Medical and sanitary report of the native army of Bengal for the year
Year: 1878
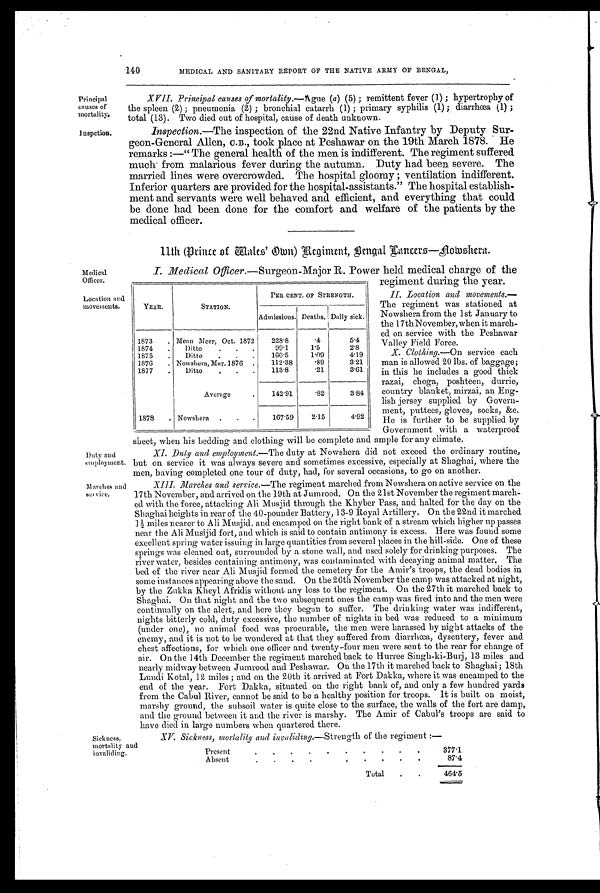
Principal
causes of
mortality.
Inspction.
XV. Sickness, mortality and invaliding. —Strength of the regiment :—
Present
.
.
.
.
.
.
. .
.
.
377.1
Absent
.
.
.
.
.
.
. . .
.
87.4
Total
.
.
464.5
Sickness,
mortality and
invaliding.
140
MEDICAL AND SANITARY REPORT OF THE NATIVE ARMY OF BENGAL,
XVII. Principal causes of mortality. —Ague (a) (5) ; remittent fever (1) ; hypertrophy of
the spleen (2) ; pneumonia (2) ; bronchial catarrh (1) ; primary syphilis (1) ; diarrhœa (1) ;
total (13). Two died out of hospital, cause of death unknown.
Inspection. —The inspection of the 22nd Native Infantry by Deputy Sur-
geon-General Allen, C. B., took place at Peshawar on the 19th March 1878. He
remarks :—" The general health of the men is indifferent. The regiment suffered
much from malarious fever during the autumn. Duty had been severe. The
married lines were overcrowded. The hospital gloomy ; ventilation indifferent.
Inferior quarters are provided for the hospital-assistants." The hospital establish-
ment and servants were well behaved and efficient, and everything that could
be done had been done for the comfort and welfare of the patients by the
medical officer.
11th (Prince .of Males' Own) Regiment, Bengal Lancers—Nowshera.
Medical
Officer.
Location and
movements.
Duty and
employment.
Marches and
set vice.
I. Medical Officer. —Surgeon-Major R. Power held medical charge of the
regiment during the year.
II. Location and movements.—
The regiment was stationed at
Nowshera from the 1st January to
the 17th November, when it march-
ed on service with the Peshawar
Valley Field Force.
X. Clothing.—On service each
man is allowed 20 lbs. of baggage;
in this he includes a good thick
razai, choga, poshteen, durrie,
country blanket, mirzai, an Eng-
lish jersey supplied by Govern-
ment, puttees, gloves, socks, &c.
He is further to be supplied by
Government with a waterproof
sheet, when his bedding and clothing will be complete and ample for any climate.
XI. Duty and employment. —The duty at Nowshera did not exceed the ordinary routine,
but on service it was always severe and sometimes excessive, especially at Shaghai, where the
men, having completed one tour of duty, had, for several occasions, to go on another.
XIII. Marches and service.—The regiment marched from Nowshera on active service on the
17th November, and arrived on the 19th at Jumrood. On the 21st November the regiment march-
ed with the force, attacking Ali Musjid through the Khyber Pass, and halted for the day on the
Shaghai heights in rear of the 40-pounder Battery, 13-9 Royal Artillery. On the 22nd it marched
1½ miles nearer to Ali Musjid, and encamped on the right bank of a stream which higher up passes
near the Ali Musijid fort, and which is said to contain antimony is excess. Here was found some
excellent spring water issuing in large quantities from several places in the hill-side. One of these
springs was cleaned out, surrounded by a stone wall, and used solely for drinking purposes. The
river water, besides containing antimony, was contaminated with decaying animal matter. The
bed of the river near Ali Musjid formed the cemetery for the Amir's troops, the dead bodies in
some instances appearing above the sand. On the 26th November the camp was attacked at night,
by the Zukka Afridis without any loss to the regiment. On the 27th it marched back to
Shaghai. On that night and the two subsequent ones the camp was fired into and the men were
continually on the alert, and here they began to suffer. The drinking water was indifferent,
nights bitterly cold, duty excessive, the number of nights in bed was reduced to a minimum
(under one), no animal food was procurable, the men were harassed by night attacks of the
enemy, and it is not to be wondered at that they suffered from diarrhœa, dysentery, fever and
chest affections, for which one officer and twenty–four men were sent to the rear for change of
air. On the 14th December the regiment marched back to Hurree Singh-ki-Burj, 13 miles and
nearly midway between Jumrood and Peshawar. On the 17th it marched back to Shaghai ; 18th
Lundi Dotal, 12 miles ; and on the 20th it arrived at Fort Dakka, where it was encamped to the
end of the year. Fort Dakka, situated on the right bank of, and only a few hundred yards
from the Cabul River, cannot be said to be a healthy position for troops. It is built on moist,
marshy ground, the subsoil water is quite close to the surface, the walls of the fort are damp,
and the ground between it and the river is marshy. The Amir of Cabul's troops are said -to
have died in large numbers when quartered there.
YEAR.
STATION.
PER CENT. OF STRENGTH.
Admissions. Deaths. Daily sick.
1873
. Mean Meer, Oct. 1872
228.8
.4
5.4
1874
.
Ditto
.
.
.
99.1
1.5
2.8
1875
.
Ditto
.
.
.
160.5
1.09
4.19
1876
. Nowshera, Mar. 1876
.
112.38
.89
3.21
1877
.
Ditto
. . .
113.8
.21
3.61
Average
.
142.91
.82
3.84
1878
. Nowshera
. . .
167.59
2.15
4.92